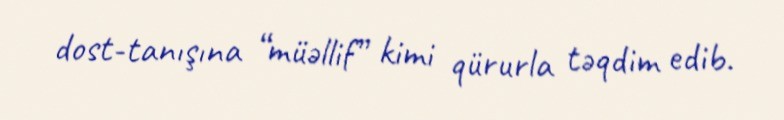
dost-tanışına “müəllif” kimi qürurla təqdim edib.